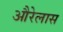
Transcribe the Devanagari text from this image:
औरेलास